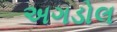
અગડોલ